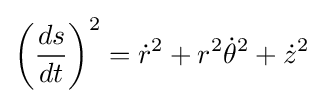
\left({\frac {ds}{dt}}\right)^{2}={\dot {r}}^{2}+r^{2}{\dot {\theta }}^{2}+{\dot {z}}^{2}